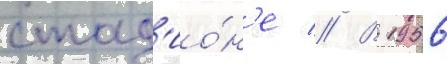
стад'ио́н'е // В 1956